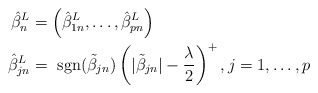
\begin{align*}\hat{\beta}_n^L &= \left(\hat{\beta}_{1n}^L,\ldots, \hat{\beta}_{pn}^L\right)\\\hat{\beta}_{jn}^{L} &= \mbox{ sgn}(\tilde{\beta}_{jn})\left(|\tilde{\beta}_{jn}| -\frac{\lambda}{2}\right)^{+}, j=1, \ldots, p\end{align*}